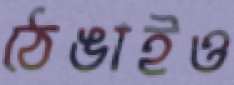
ঠেঙাইও